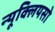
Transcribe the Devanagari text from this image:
न्यूक्लियसो